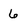
Character: 6